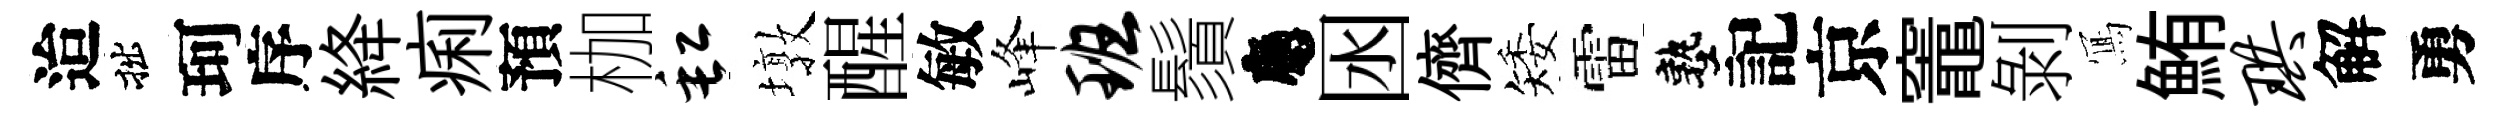
迨拙珂序絳痢預枷缸墩醒敏峰班鬚應囦儕矮雷塾記京竈剝𭂁鮪珙解勇